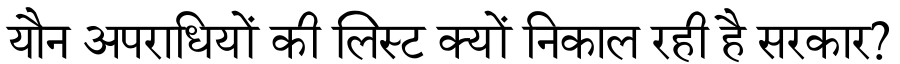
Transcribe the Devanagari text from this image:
यौन अपराधियों की लिस्ट क्यों निकाल रही है सरकार?